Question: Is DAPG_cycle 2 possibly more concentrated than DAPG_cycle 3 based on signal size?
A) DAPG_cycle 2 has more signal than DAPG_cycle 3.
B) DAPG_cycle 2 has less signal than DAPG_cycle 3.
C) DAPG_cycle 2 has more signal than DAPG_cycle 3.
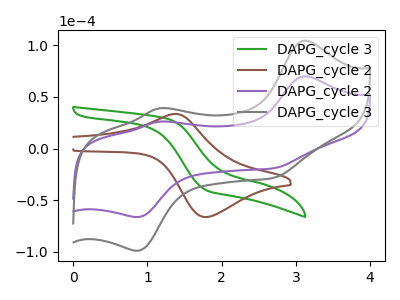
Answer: <think>The green curve "DAPG_cycle 3" has no peaks. The brown curve "DAPG_cycle 2" has an anodic peak at (1.35V, 33.60uA) and a cathodic peak at (1.75V, -66.20uA). The purple curve "DAPG_cycle 2" has anodic peaks at (3.10V, 70.00uA) (1.15V, 26.10uA) and cathodic peaks at (0.85V, -66.20uA) (2.70V, -18.90uA). The gray curve "DAPG_cycle 3" has anodic peaks at (3.10V, 104.45uA) (1.15V, 38.95uA) and cathodic peaks at (0.85V, -98.75uA) (2.70V, -28.15uA).
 All the peaks in "DAPG_cycle 2" have a peak in "DAPG_cycle 3" at the same potential. Every peak in "DAPG_cycle 2" is lower than every peak in "DAPG_cycle 3".</think>
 <answer>B) "DAPG_cycle 2" has less signal than "DAPG_cycle 3".</answer>
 <eval>B</eval>